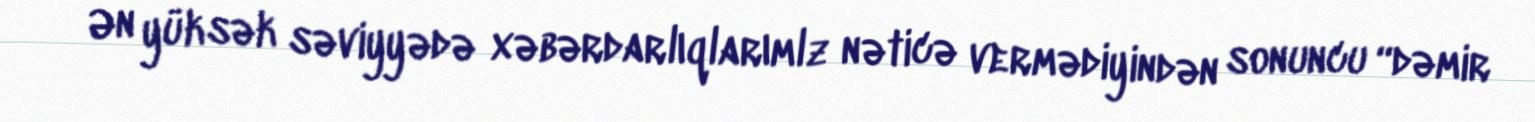
Ən yüksək səviyyədə xəbərdarlıqlarımlz nəticə vermədiyindən sonuncu “dəmir